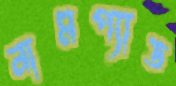
নামপ্যাড